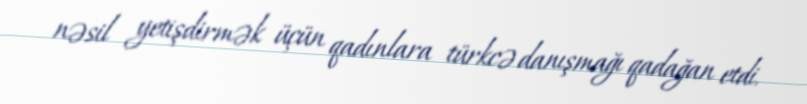
nəsil yetişdirmək üçün qadınlara türkcə danışmağı qadağan etdi.